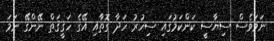
ނަމަވެސް ސިޔާސީ ކަންކަމުގައި ސިހުރު ހަދާ ގޮތާއި އޭގެ ހަޤީޤަތް ނޭންގޭ ނަމަ